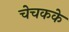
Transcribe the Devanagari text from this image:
चेचकके